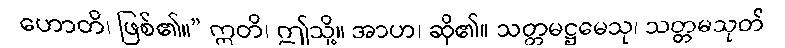
ဟောတိ၊ ဖြစ်၏။” ဣတိ၊ ဤသို့။ အာဟ၊ ဆို၏။ သတ္တမဋ္ဌမေသု၊ သတ္တမသုတ်